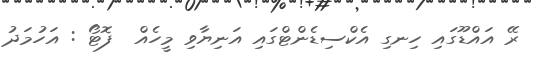
ރޭ އައްޑޫގައި ހިނގި އެކްސިޑެންޓްގައި އަނިޔާވި މީހެއް  ފޮޓޯ : އަހުމަދު